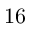
1 6